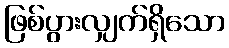
ဖြစ်ပွားလျှက်ရှိသော